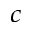
^ c